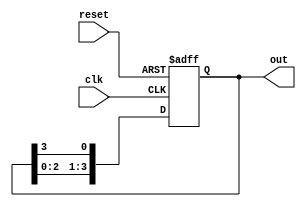
module ring_counter (
    input wire clk,        // Clock signal
    input wire reset,      // Asynchronous reset signal
    output reg [N-1:0] out // Output of the ring counter
);
    parameter N = 4;      // Number of stages (flip-flops)

    // Initial state
    initial begin
        out = 1'b1;       // Set the first flip-flop to '1'
    end

    // Always block triggered on the rising edge of the clock or reset
    always @(posedge clk or posedge reset) begin
        if (reset) begin
            out <= 1'b1;   // Reset the counter to initial state
        end else begin
            out <= {out[N-2:0], out[N-1]}; // Shift the '1' to the next position
        end
    end
endmodule